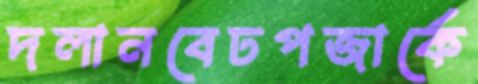
দলানবেঢপজার্কে